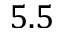
5 . 5